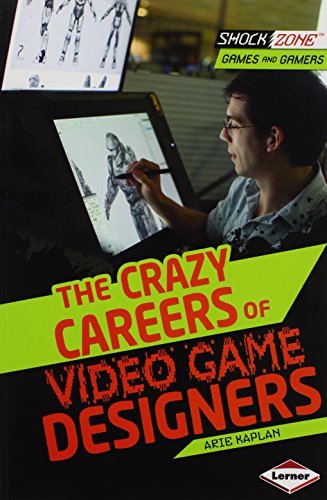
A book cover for The Crazy Careers of Video Game Designers (Shockzone - Games and Gamers); Arie Kaplan; Children's Books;